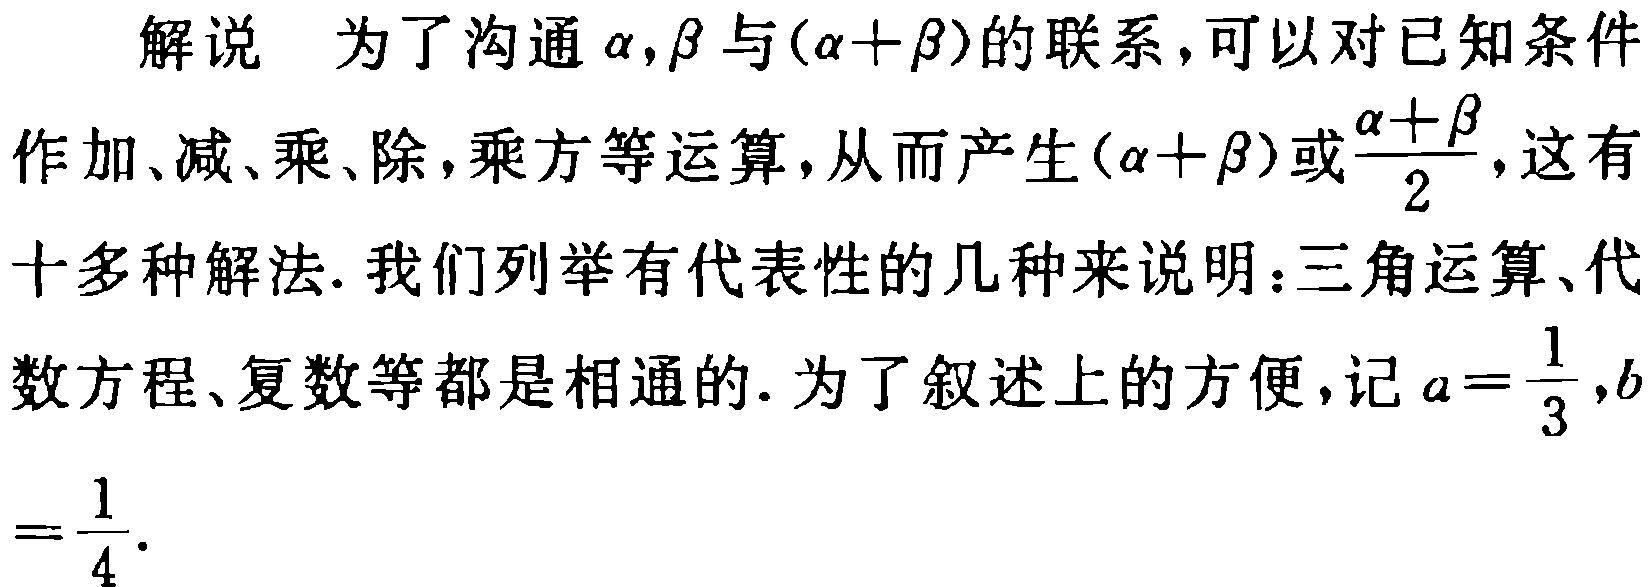
解说 为了沟通\(\alpha,\beta\)与\((\alpha +\beta)\)的联系，可以对已知条件作加、减、乘、除，乘方等运算，从而产生\((\alpha +\beta)\)或\(\frac{\alpha +\beta}{2}\)，这有十多种解法. 我们列举有代表性的几种来说明：三角运算、代数方程、复数等都是相通的. 为了叙述上的方便，记\(a = \frac{1}{3},b=\frac{1}{4}\).